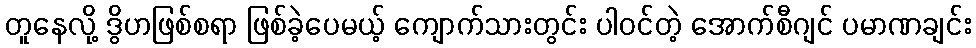
တူနေလို့ ဒွိဟဖြစ်စရာ ဖြစ်ခဲ့ပေမယ့် ကျောက်သားတွင်း ပါဝင်တဲ့ အောက်စီဂျင် ပမာဏချင်း